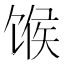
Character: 𫗯